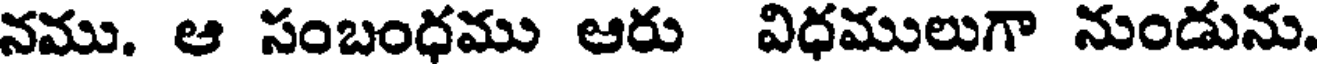
నము. ఆ సంబంధము ఆరు విధములుగా నుండును.